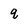
Character: q